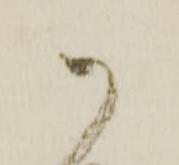
御